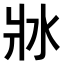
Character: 𤕯